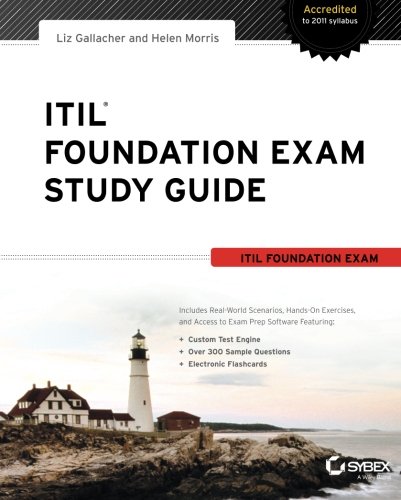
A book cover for ITIL Foundation Exam Study Guide; Liz Gallacher; Computers & Technology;